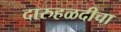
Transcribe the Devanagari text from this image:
दारुहळदीचा